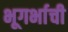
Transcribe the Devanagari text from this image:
भूगर्भाची